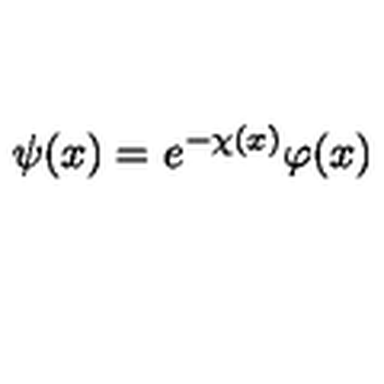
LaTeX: \psi ( x ) = e ^ { - \chi ( x ) } \varphi ( x )